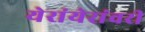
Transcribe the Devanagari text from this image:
येरांयेरांवरी